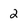
Character: 2